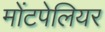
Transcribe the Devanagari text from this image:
मोंटपेलियर